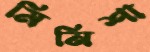
মিনিশা